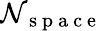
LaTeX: \mathcal{N}_{\mathrm{{~s~p~a~c~e~}}}